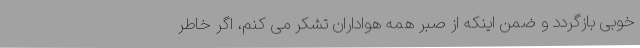
خوبی بازگردد و ضمن اینکه از صبر همه هواداران تشکر می کنم، اگر خاطر